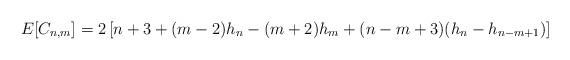
LaTeX: \begin{align*}E[C_{n,m}] = 2\left[n+3+(m-2) h_n - (m+2)h_m +(n-m+3)(h_n-h_{n-m+1}) \right]\end{align*}